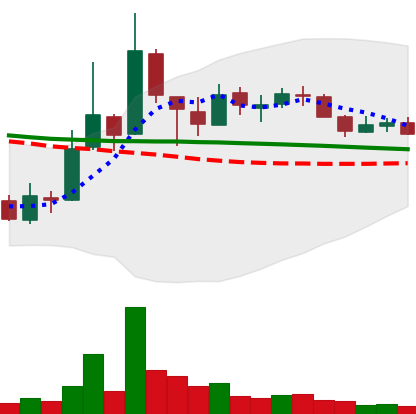
Ticker: XLM-USD
Chart end date: 2018-10-06
Forward return: -13.652%
Label: down_7plus